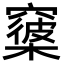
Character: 𥨑